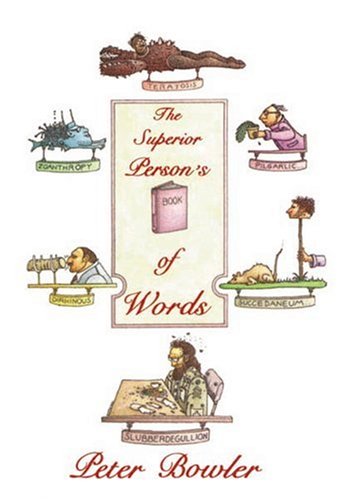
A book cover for The Superior Person's Book of Words; Peter Bowler; Reference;